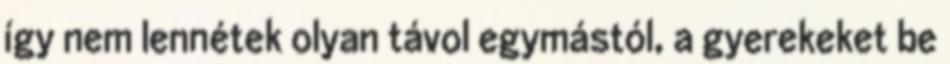
így nem lennétek olyan távol egymástól, a gyerekeket be